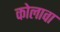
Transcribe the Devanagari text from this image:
कोलावा